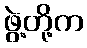
ဖွဲ့တို့က